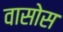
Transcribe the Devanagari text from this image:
वासोस